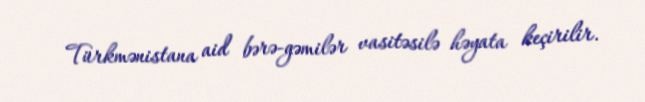
Türkmənistana aid bərə-gəmilər vasitəsilə həyata keçirilir.